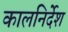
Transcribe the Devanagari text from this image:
कालनिर्देश